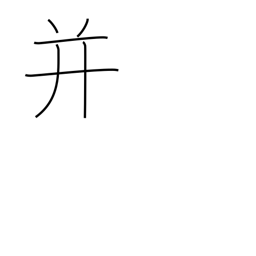
Meaning: put together